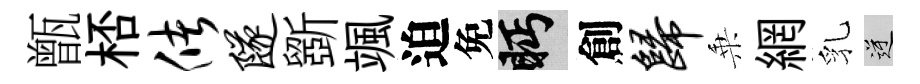
甑桮储隧斵颯迫免眄創归乗網乳逆